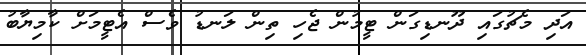
އަދި މެޗުގައި ދޫނޑިގަން ޓީމުން ޖެހި ތިން ލަނޑު ވެސް އެޓީމަށް ކާމިޔާބު